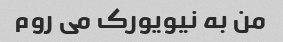
من به نیویورک می روم